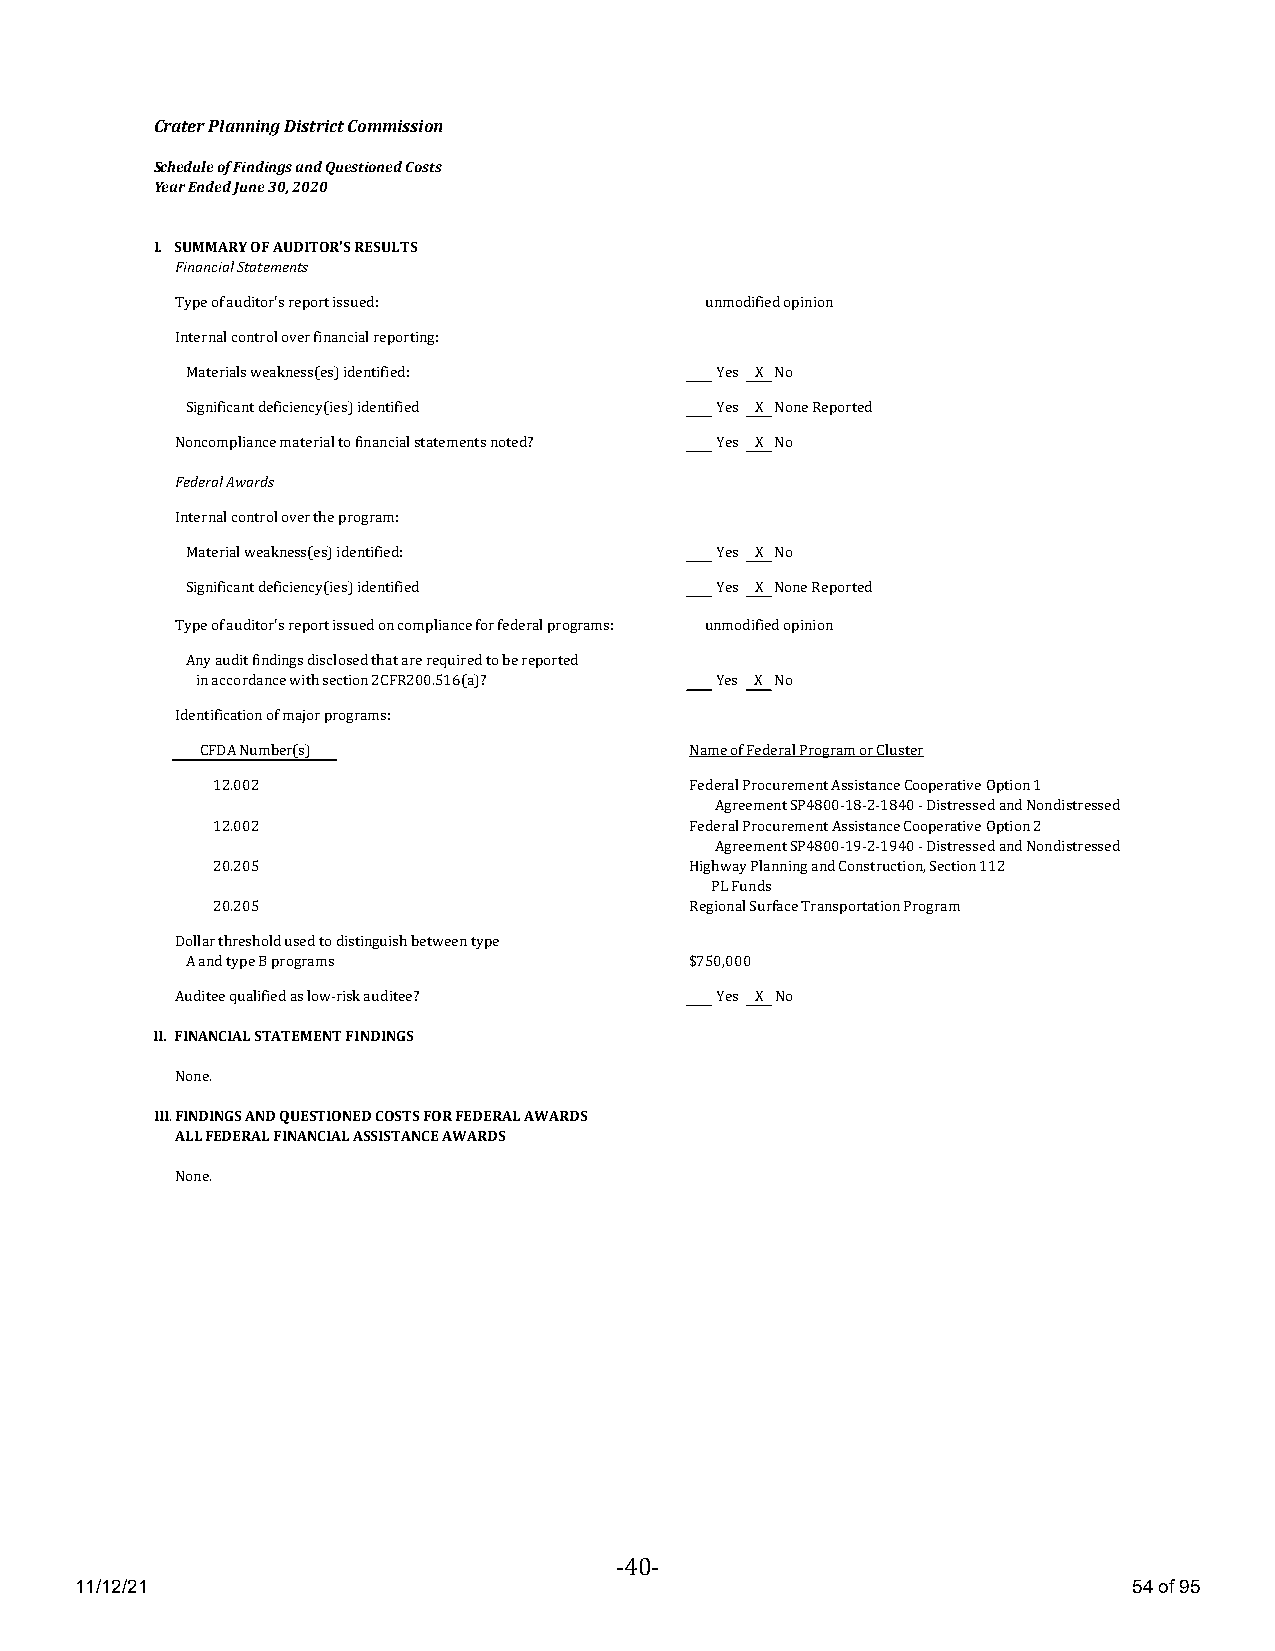
Crater Planning District Commission
 Schedule of Findings and Questioned Costs
 Year Ended June 30, 2020
 I. SUMMARY OF AUDITOR'S RESULTS
 Financial Statements
 Type of auditor's report issued:   unmodified opinion
 Internal control over financial reporting:
 Materials weakness(es) identified: Yes X No
 Significant deficiency(ies) identified Yes X None Reported
 Noncompliance material to financial statements noted? Yes X No
 Federal Awards
 Internal control over the program:
 Material weakness(es) identified:  Yes X No
 Significant deficiency(ies) identified Yes X None Reported
 Type of auditor's report issued on compliance for federal programs: unmodified opinion
 Any audit findings disclosed that are required to be reported
 in accordance with section 2CFR200.516(a)? Yes X No
 Identification of major programs:
 CFDA Number(s)                   Name of Federal Program or Cluster
 12.002                          Federal Procurement Assistance Cooperative Option 1
 Agreement SP4800-18-2-1840 - Distressed and Nondistressed
 12.002                          Federal Procurement Assistance Cooperative Option 2
 Agreement SP4800-19-2-1940 - Distressed and Nondistressed
 20.205                          Highway Planning and Construction, Section 112
 PL Funds
 20.205                          Regional Surface Transportation Program
 Dollar threshold used to distinguish between type
 A and type B programs             $750,000
 Auditee qualified as low-risk auditee? Yes X No
 II. FINANCIAL STATEMENT FINDINGS
 None.
 III.FINDINGS AND QUESTIONED COSTS FOR FEDERAL AWARDS
 ALL FEDERAL FINANCIAL ASSISTANCE AWARDS
 None.
 - -
 11/12/21                                                              54 of 95
 40